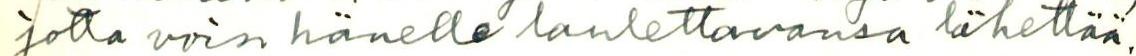
jotta voin hänelle laulettavansa lähettää.